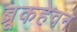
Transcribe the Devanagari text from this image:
ब्रूकहेवन